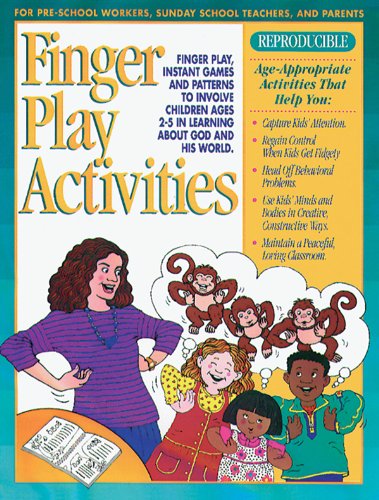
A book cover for Finger Play Activities: Finger Play, Instant Games and Patterns to Involve Children Ages 2-5 in Learning About God and His World; Christian Books & Bibles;